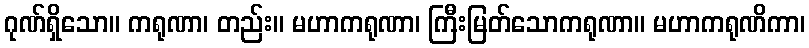
ဂုဏ်ရှိသော။ ကရုဏာ၊ တည်း။ မဟာကရုဏာ၊ ကြီးမြတ်သောကရုဏာ။ မဟာကရုဏိကာ၊